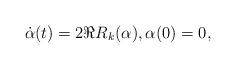
LaTeX: \begin{align*}\dot \alpha(t) = 2 \Re R_k (\alpha), \alpha(0) = 0,\end{align*}